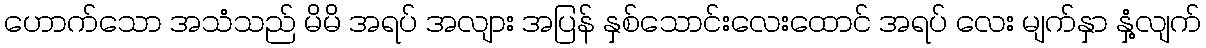
ဟောက်သော အသံသည် မိမိ အရပ် အလျား အပြန် နှစ်သောင်းလေးထောင် အရပ် လေး မျက်နှာ နှံ့လျက်